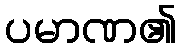
ပမာဏ၏